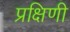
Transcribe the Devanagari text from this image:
प्रक्षिणी